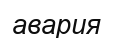
авария